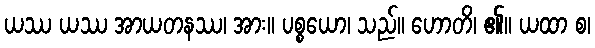
ယဿ ယဿ အာယတနဿ၊ အား။ ပစ္စယော၊ သည်။ ဟောတိ၊ ၏။ ယထာ စ၊